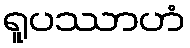
ရူပဿာဟံ